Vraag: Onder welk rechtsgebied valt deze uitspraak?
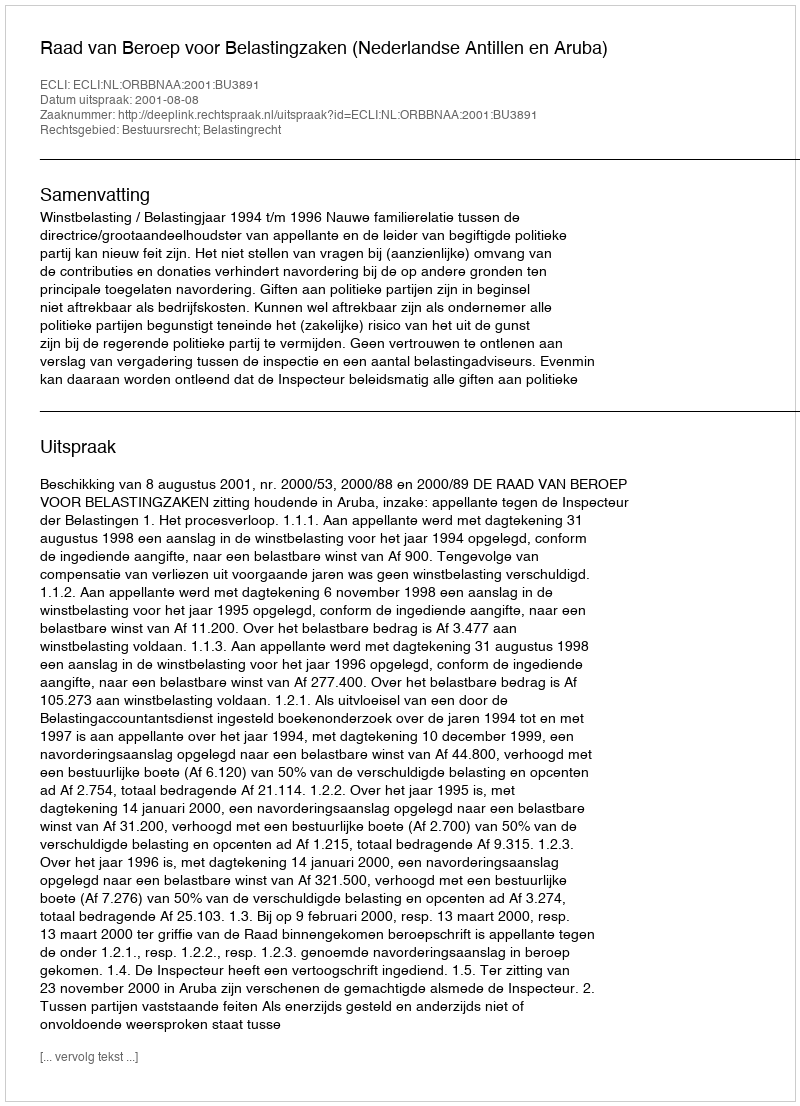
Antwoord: Bestuursrecht; Belastingrecht